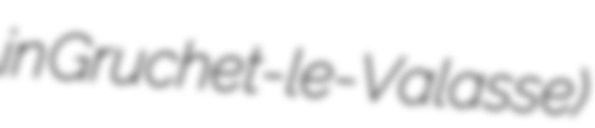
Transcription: in Gruchet-le-Valasse)